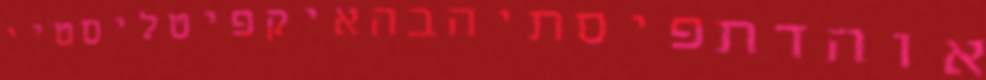
אוהדתפיסתיהבהאיקפיטליסטיי